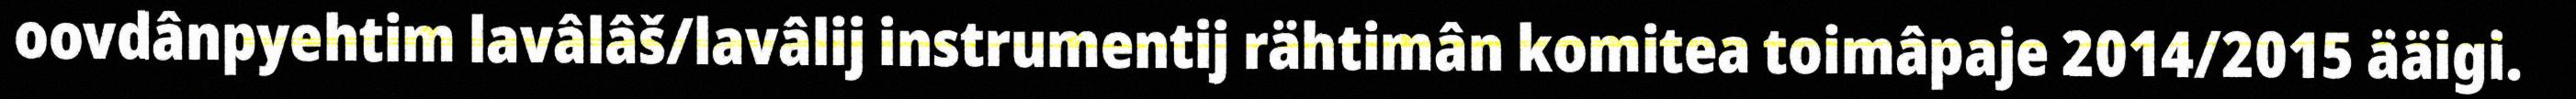
oovdânpyehtim lavâlâš/lavâlij instrumentij rähtimân komitea toimâpaje 2014/2015 ääigi.